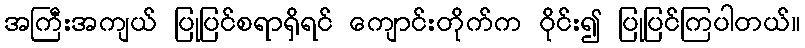
အကြီးအကျယ် ပြုပြင်စရာရှိရင် ကျောင်းတိုက်က ဝိုင်း၍ ပြုပြင်ကြပါတယ်။